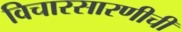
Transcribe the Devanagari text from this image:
विचारसारणीची